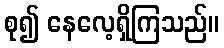
စု၍ နေလေ့ရှိကြသည်။